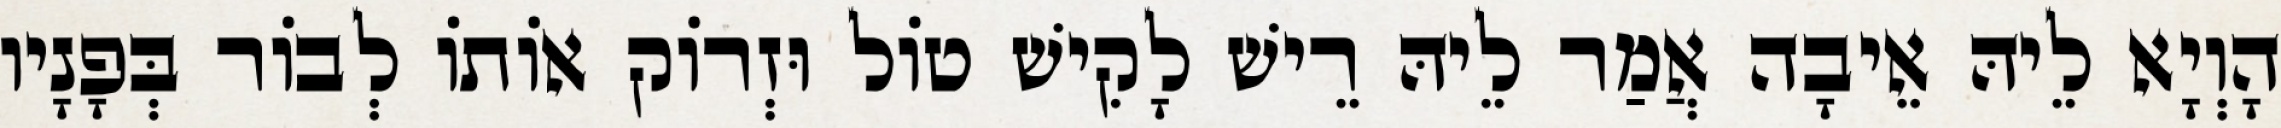
הָוְיָא לֵיהּ אֵיבָה אֲמַר לֵיהּ רֵישׁ לָקִישׁ טוֹל וּזְרוֹק אוֹתוֹ לְבוֹר בְּפָנָיו